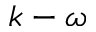
k - \omega